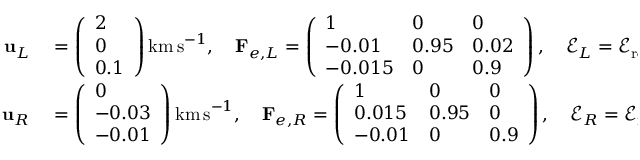
\begin{array} { r l } { \mathbf { u } _ { L } } & { { } = \left( \begin{array} { l } { 2 } \\ { 0 } \\ { 0 . 1 } \end{array} \right) \mathrm { k m \, s } ^ { - 1 } , \quad \mathbf { F } _ { e , L } = \left( \begin{array} { l l l } { 1 } & { 0 } & { 0 } \\ { - 0 . 0 1 } & { 0 . 9 5 } & { 0 . 0 2 } \\ { - 0 . 0 1 5 } & { 0 } & { 0 . 9 } \end{array} \right) , \quad \mathscr { E } _ { L } = \mathscr { E } _ { \mathrm { r e f } , L } } \\ { \mathbf { u } _ { R } } & { { } = \left( \begin{array} { l } { 0 } \\ { - 0 . 0 3 } \\ { - 0 . 0 1 } \end{array} \right) \mathrm { k m \, s } ^ { - 1 } , \quad \mathbf { F } _ { e , R } = \left( \begin{array} { l l l } { 1 } & { 0 } & { 0 } \\ { 0 . 0 1 5 } & { 0 . 9 5 } & { 0 } \\ { - 0 . 0 1 } & { 0 } & { 0 . 9 } \end{array} \right) , \quad \mathscr { E } _ { R } = \mathscr { E } _ { \mathrm { r e f } , R } } \end{array}